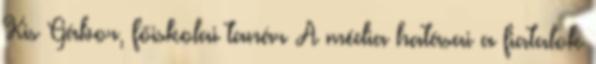
Kis Gábor, főiskolai tanár A média hatásai a fiatalok